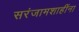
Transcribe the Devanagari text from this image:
सरंजामशाहींना